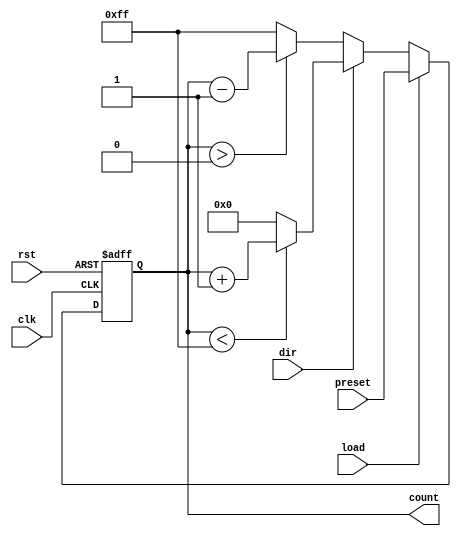
module synchronous_load_counter (
    input wire clk,           // Clock signal
    input wire rst,           // Asynchronous active-high reset
    input wire load,          // Load control signal
    input wire dir,           // Direction control signal (1: up, 0: down)
    input wire [7:0] preset,  // Preset value for loading
    output reg [7:0] count    // Current count value
);

    // Define maximum and minimum values for the counter
    parameter MAX_COUNT = 8'hFF;  // Maximum count value (255 for 8-bit counter)
    parameter MIN_COUNT = 8'h00;  // Minimum count value (0 for 8-bit counter)

    // Always block triggered on the rising edge of the clock or reset signal
    always @(posedge clk or posedge rst) begin
        if (rst) begin
            // Asynchronous reset
            count <= MIN_COUNT;  // Reset count to zero
        end else if (load) begin
            // Load preset value on the next clock edge
            count <= preset;  // Load the preset value into the count
        end else begin
            // Counting operation
            if (dir) begin
                // Increment count
                if (count < MAX_COUNT) begin
                    count <= count + 1;  // Increment
                end else begin
                    count <= MIN_COUNT;  // Wrap around to zero
                end
            end else begin
                // Decrement count
                if (count > MIN_COUNT) begin
                    count <= count - 1;  // Decrement
                end else begin
                    count <= MAX_COUNT;  // Wrap around to maximum count
                end
            end
        end
    end

endmodule